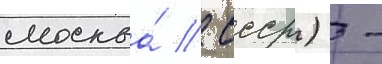
москва́ / ссср) -